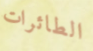
الطائرات